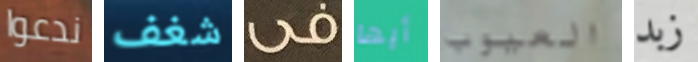
ندعوا شغف فى أيها العيوب زبد